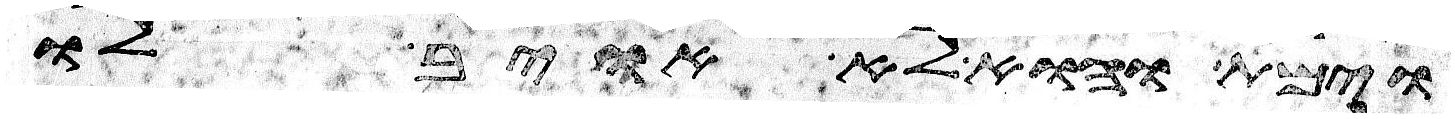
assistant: וימת והוא לא אויב לו